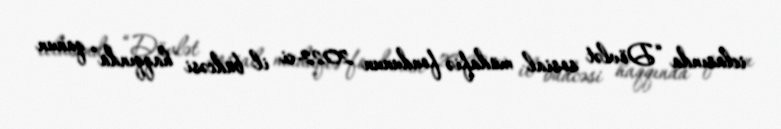
iclasında “Dövlət sosial müdafiə fondunun 2022-ci il büdcəsi haqqında” qanun